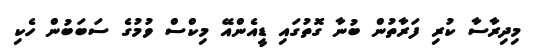
މިދިރާސާ ކުރި ފަރާތުން ބުނާ ގޮތުގައި ޑީއެންއޭ މިކްސް ވުމުގެ ސަބަބުން ހެކި